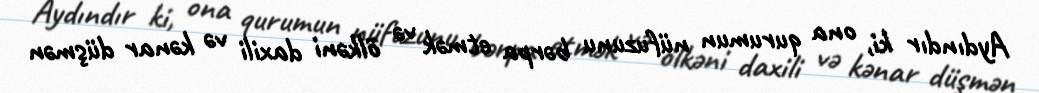
Aydındır ki, ona qurumun nüfuzunu bərpa etmək və ölkəni daxili və kənar düşmən